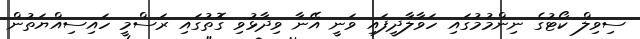
ސިވިލް ކޯޓުގެ ނިންމުމުގައި ހަވާލާދީފައި ވަނީ އޭނާ ވިދާޅުވި ގޮތުގައި ރަސްމީ ހައިސިއްޔަތުން